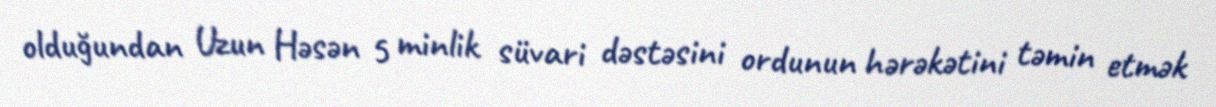
olduğundan Uzun Həsən 5 minlik süvari dəstəsini ordunun hərəkətini təmin etmək